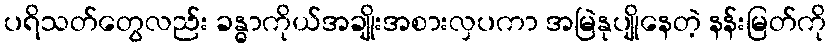
ပရိသတ်တွေလည်း ခန္ဓာကိုယ်အချိုးအစားလှပကာ အမြဲနုပျိုနေတဲ့ နန်းမြတ်ကို